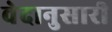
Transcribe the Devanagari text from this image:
वेदानुसारी